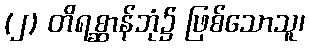
(၂) တိရစ္ဆာန်ဘုံ၌ ဖြစ်သောသူ၊